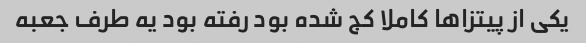
یکی از پیتزاها کاملا کج شده بود رفته بود یه طرف جعبه